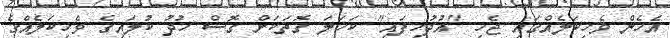
އެހެން ވެހިކަލެއްގައި ޖެހި "އުދުހިފައި" ކަހަލަ ގޮތަކަށް ގޮސް ހުދު ކުލައިގެ ވެހިކަލެއްގެ